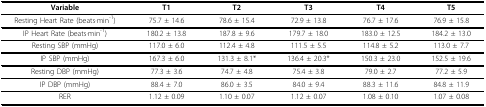
| Variable | T1 | T2 | T3 | T4 | T5 |
 | --- | --- | --- | --- | --- | --- |
 | Resting Heart Rate (beats·min-1) | 75.7 ± 14.6 | 78.6 ± 15.4 | 72.9 ± 13.8 | 76.7 ± 17.6 | 76.9 ± 15.8 |
 | IP Heart Rate (beats·min-1) | 180.2 ± 13.8 | 187.8 ± 9.6 | 179.7 ± 18.0 | 183.0 ± 12.5 | 184.2 ± 13.0 |
 | Resting SBP (mmHg) | 117.0 ± 6.0 | 112.4 ± 4.8 | 111.5 ± 5.5 | 114.8 ± 5.2 | 113.0 ± 7.7 |
 | IP SBP (mmHg) | 167.3 ± 6.0 | 131.3 ± 8.1* | 136.4 ± 20.3* | 150.3 ± 23.0 | 152.5 ± 19.6 |
 | Resting DBP (mmHg) | 77.3 ± 3.6 | 74.7 ± 4.8 | 75.4 ± 3.8 | 79.0 ± 2.7 | 77.2 ± 5.9 |
 | IP DBP (mmHg) | 88.4 ± 7.0 | 86.0 ± 3.5 | 84.0 ± 9.4 | 88.3 ± 11.6 | 84.8 ± 11.9 |
 | RER | 1.12 ± 0.09 | 1.10 ± 0.07 | 1.12 ± 0.07 | 1.08 ± 0.10 | 1.07 ± 0.08 |